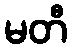
မတီ